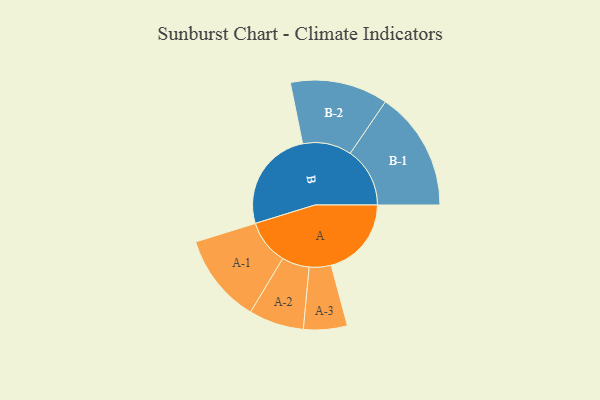
{"axis": {"x": "Segment", "y": "Value"}, "legend": ["", "A", "B"], "data": [{"x": "A", "y": 382, "type": ""}, {"x": "B", "y": 488, "type": ""}, {"x": "A-1", "y": 213, "type": "A"}, {"x": "A-2", "y": 131, "type": "A"}, {"x": "A-3", "y": 104, "type": "A"}, {"x": "B-1", "y": 284, "type": "B"}, {"x": "B-2", "y": 233, "type": "B"}]}